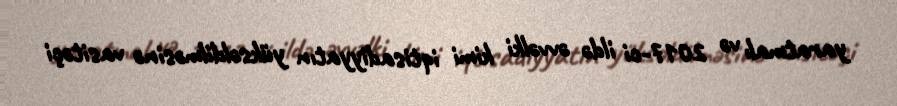
yaratmalı və 2017-ci ildə əvvəlki kimi iqtisadiyyatın yüksəldilməsinə vasitəçi